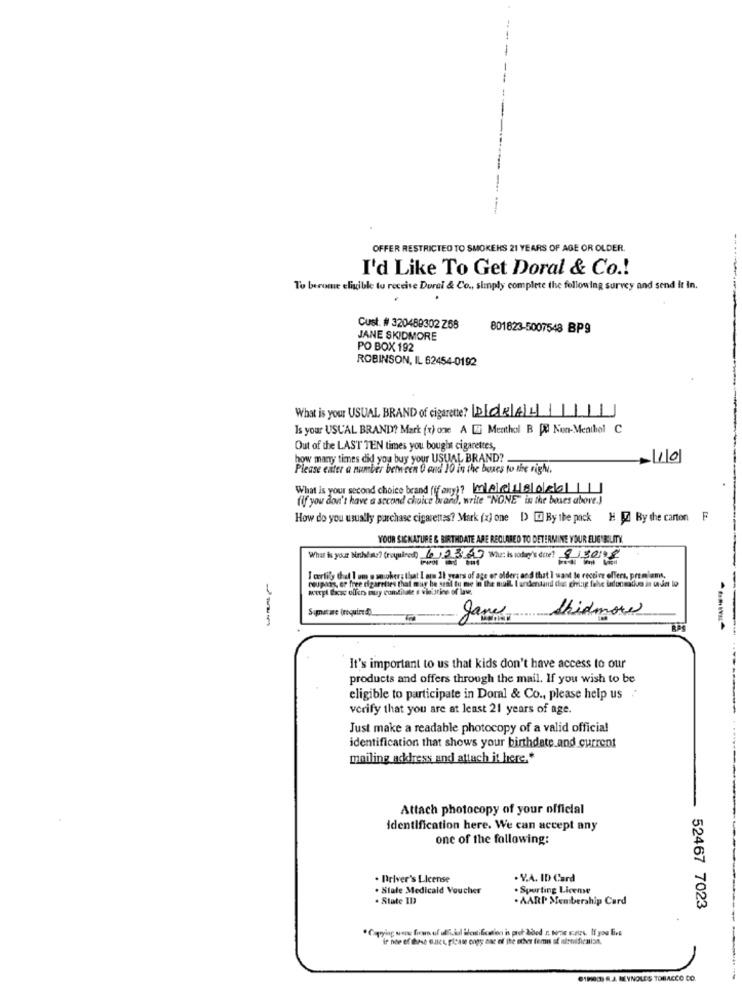
OFFER RESTRICTED TO SMOKEHS 21 YEARS OF AGE OR OLDER.
I'd Like To Get Doral & Co .!
To berome eligible to receive Dural & Co ., simply complete the following survey and send it In.
Cust. # 320489302 Z68
801823-5007548 BP9
JANE SKIDMORE
PO BOX 192
ROBINSON, IL 62454-0192
What is your USUAL BRAND of cigarette? Llcdelel .L
Is your USUAL BRAND? Mark (r) one A [ Menthol B PX Non-Menthol C
Out of the LAST TEN times you bought cigarettes,
how many times did you buy your USUAL BRAND? .
10
Please enter a number between 0 and 10 in the boxes to the right.
What is your second choice brand (if any)? MAR18080
(if you don't have a second choice brand, write "NONE"in the boxes above.)
How do you usually purchase cigarettes? Mark (x] one [) E By the pack H 7) By the carton
YOUR SIGNATURE & BIRTHDATE ARE REQUIRED TO DETERMINE YOUR ELIG "BLITY
What is your birthday? (required) 623223 What is today's done?
I erlily dal 1 um o smokers that I ama 11 years of age or older; and that I want to receive offers, premiums,
reupass, er free cigarettes that may be seal tu me in the null I andentand das chlag fele ladunedive in under to
werpl boe offer muy cumtilate e viettine of lav
Supatare (required).
James
Shidmore
It's important to us that kids don't have access to our
products and offers through the mail. If you wish to be
eligible to participate in Doral & Co ., please help us .
verify that you are at least 21 years of age.
Just make a readable photocopy of a valid official
identification that shows your birthdate and current
mailing address and attach it here .*
Attach photocopy of your official
identification here. We can accept any
one of the following:
. Driver's License
. Y.A. ID Card
. Stale Medicaid Voucher
. Sporting Liceme
. State ID
. AARP Membership Card
52467 7023
ir noe of these eures, please copy one of the other femis of aletification,
·1800) 8.J. MEYNOLES TOBACCO CO.